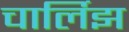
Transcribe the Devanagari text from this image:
चार्लिझ